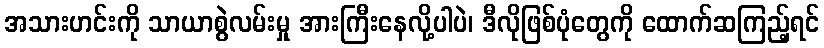
အသားဟင်းကို သာယာစွဲလမ်းမှု အားကြီးနေလို့ပါပဲ၊ ဒီလိုဖြစ်ပုံတွေကို ထောက်ဆကြည့်ရင်